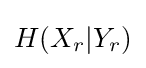
\textstyle H(X_{r}|Y_{r})